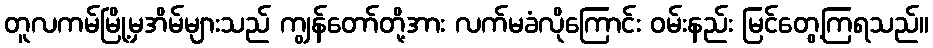
တူလကမ်မြို့မှအိမ်များသည် ကျွန်တော်တို့အား လက်မခံလိုကြောင်း ဝမ်းနည်း မြင်တွေ့ကြရသည်။